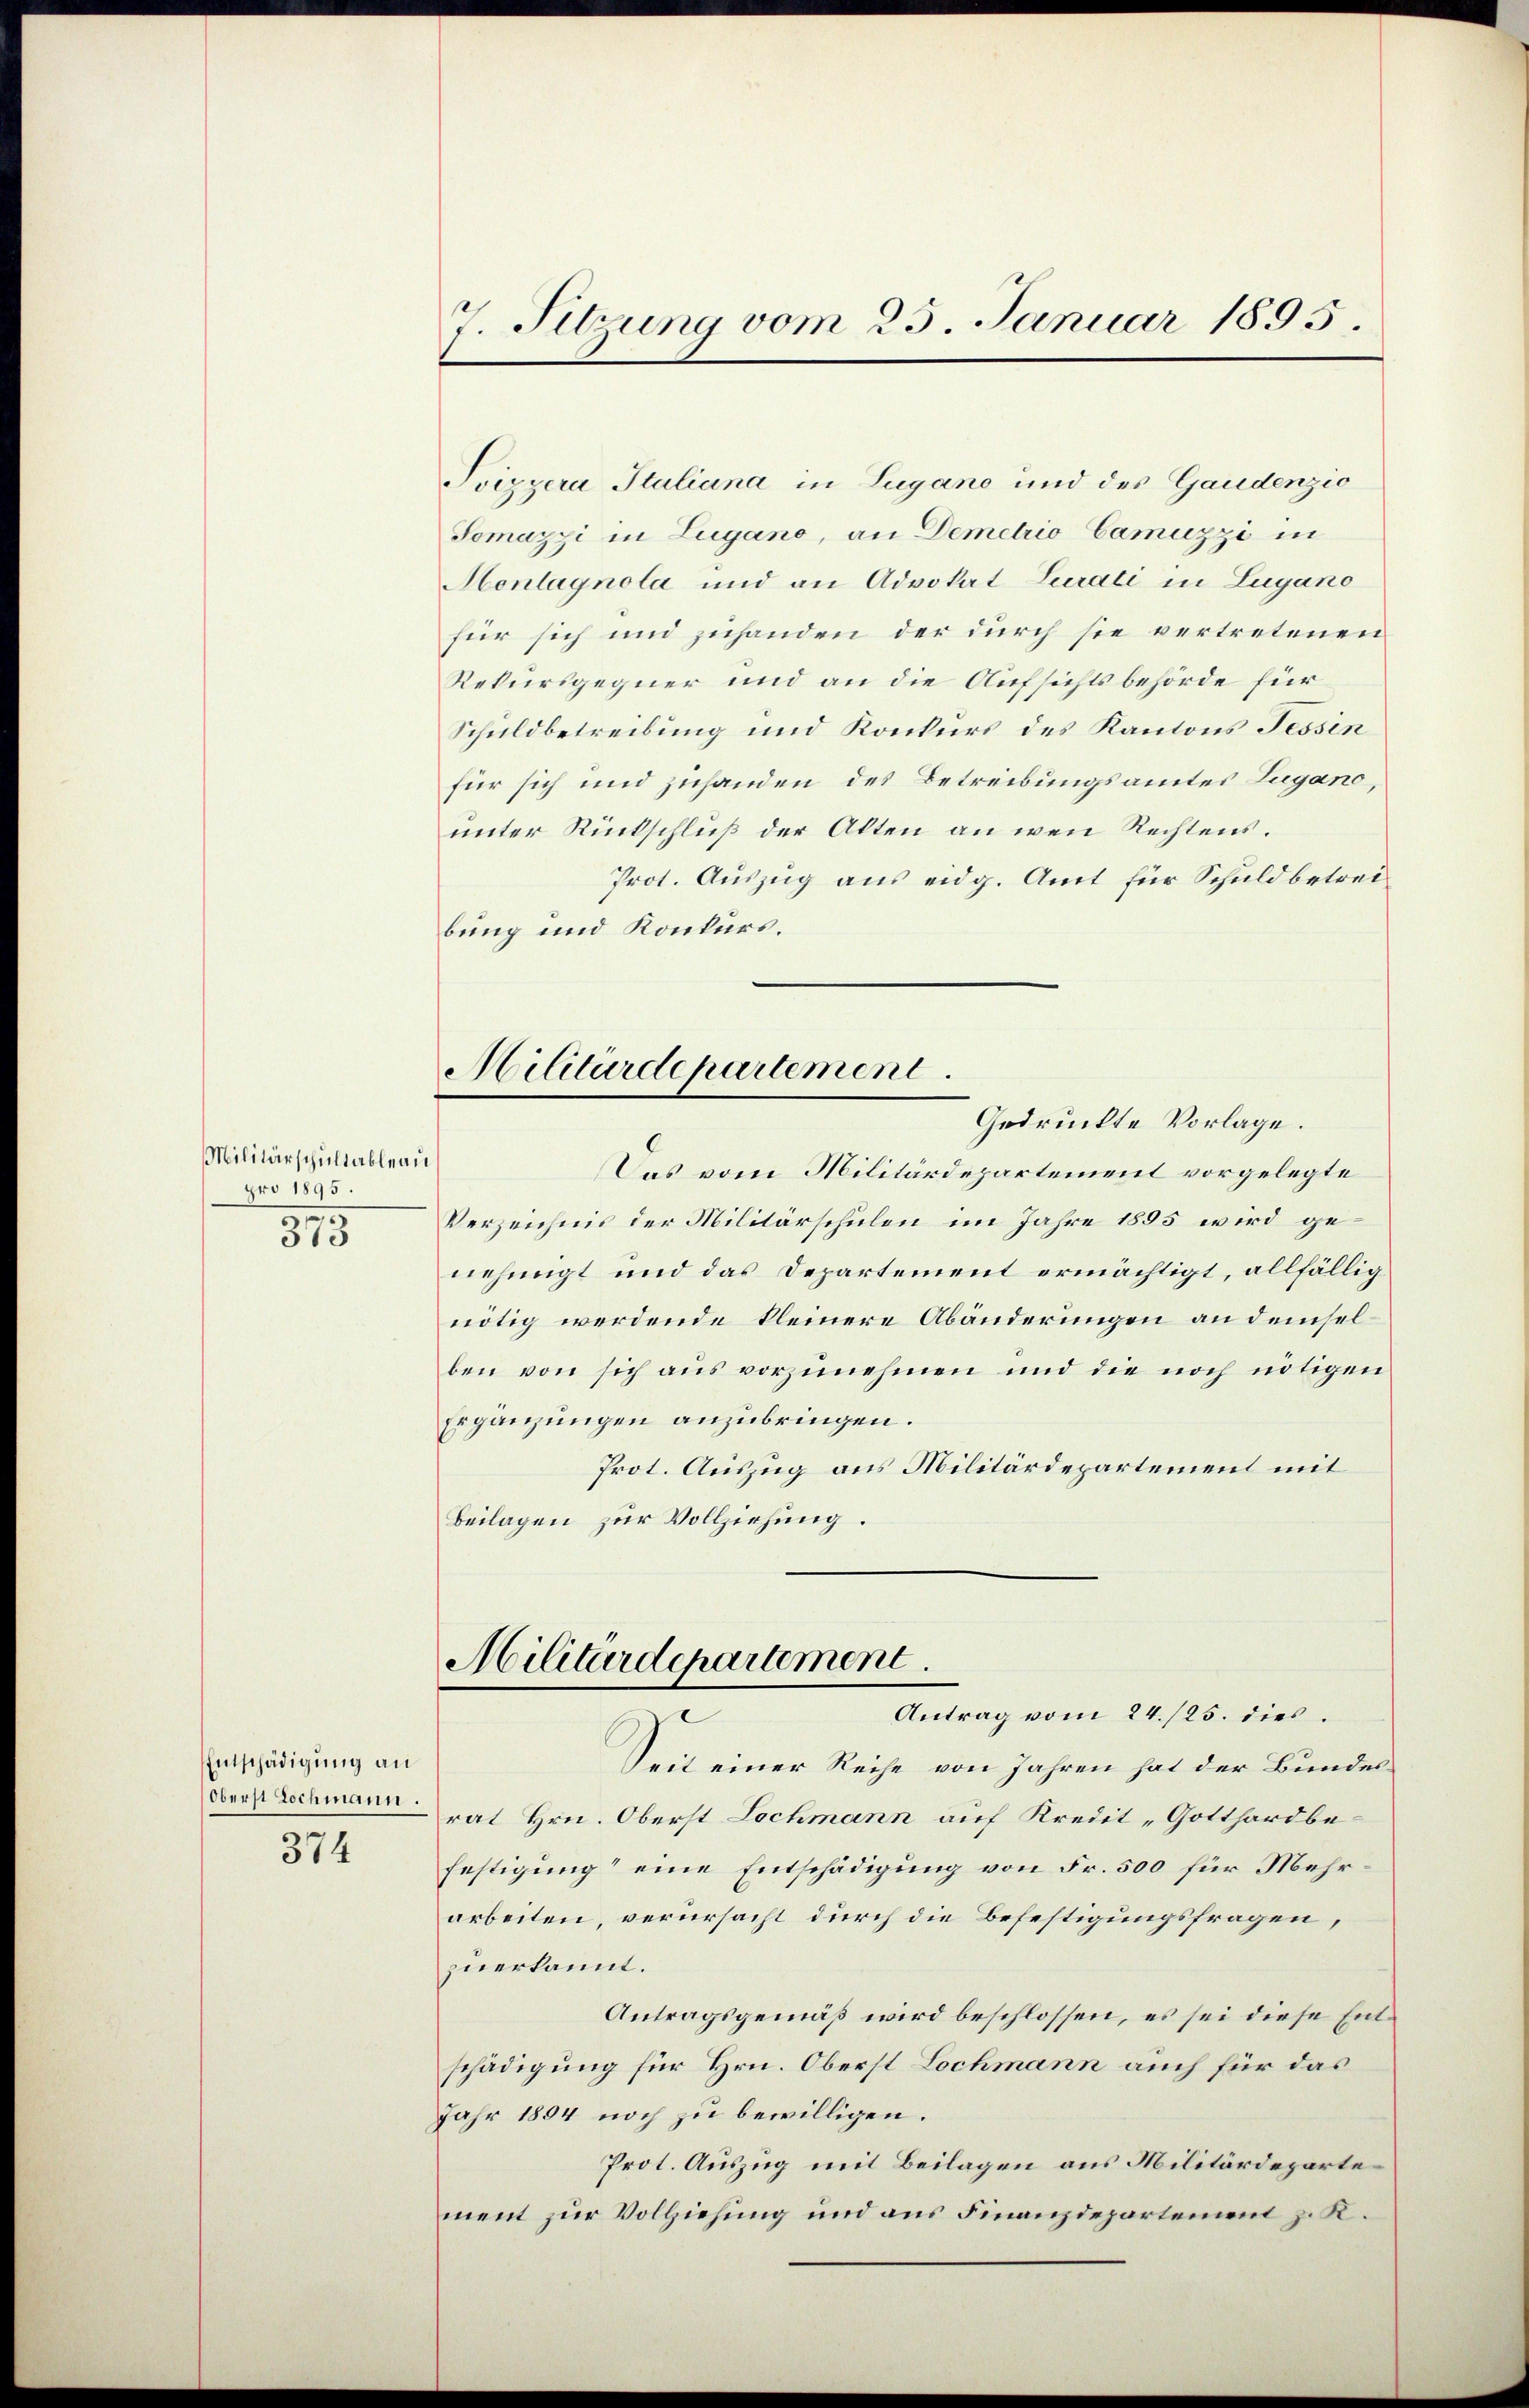
Militärschultableau
pro 1895.
m
313

Entschädigung an
374

7. Sitzung vom 25. Januar 1895.

Svizzera Stuliana in Lugano und des Gaudenzio
Somazzi in Lugano, an Demetrio Camuzzi in
Henlagnola und an Advokat Curati in Lugano
für sich und zuhanden der durch sie vertretenen
Rekursgegner und an die Aufsichtsbehörde für
Schuldbetreibung und Konkurs des Kantons Tessin
für sich und zuhanden des Betreibungsamtes Lugano,
unter Rückschluß der Alten an wenn Rechtens.
Prot. Auszug aus eidg. Amt für Schuldbetreibung und Konkurs.
Das vom Militärdepartement vorgelegte
Verzeichnis der Militärschulen im Jahre 1895 wird genehmigt und das Departement ermächtigt, allfällig
nötig werdende kleinere Abänderungen an demselben von sich aŭs vorzŭnehmen und die noch nötigen
Ergänzungen anzubringen.
Prot. Auszug aus Militärdepartement mit
Beilagen zur Vollziehung.
Militärdepartement.
Antrag vom 24./25. dies
Seit einer Reihe von Jahren hat der Bundesdrohe Lochmann rat Hrn. Oberst Lochmann auf Kredit „Gotthardbefestigung“ eine Entschädigung von Fr. 500 für Mehrarbeiten, verursacht durch die Befestigungsfragen,
zuerkannt.
Antragsgemäß wird beschlossen, es sei diese Entschädigung für Hrn. Oberst Lochmann auch für das
Jahr 1894 noch zu bewilligen.
Prot. Auszug mit Beilagen aus Militärdeparte
ment zur Vollziehung und aus Finanzdepartement z. K.

Militärdepartement.
Gedruckte Vorlage.